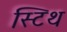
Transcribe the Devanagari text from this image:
स्टिथ